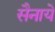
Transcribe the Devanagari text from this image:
सैनाये